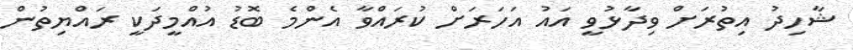
ޝާހިދު އިތުރަށް ވިދާޅުވީ އައު އަހަރަށް ކުރައްވާ އެންމެ ބޮޑު އުއްމީދަކީ ރައްޔިތުން